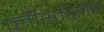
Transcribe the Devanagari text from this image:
प्लीस्तोसीन